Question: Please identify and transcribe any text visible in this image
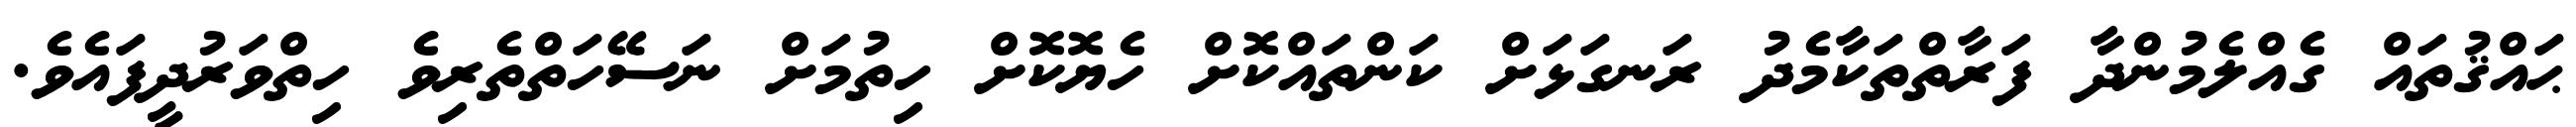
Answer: ޙައްޤުތައް ގެއްލެމުންދާ ފަރާތްތަކާމެދު ރަނގަޅަށް ކަންތައްކޮށް ހެޔޮކޮށް ހިތުމަށް ނަސޭހަތްތެރިވެ ހިތްވަރުދީފައެވެ.